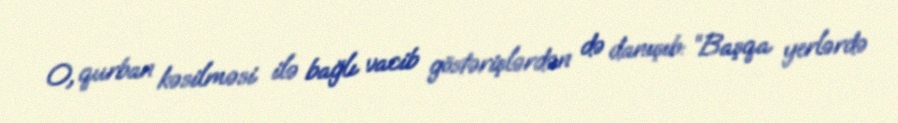
O, qurban kəsilməsi ilə bağlı vacib göstərişlərdən də danışıb: “Başqa yerlərdə